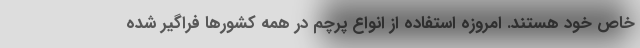
خاص خود هستند. امروزه استفاده از انواع پرچم در همه کشورها فراگیر شده